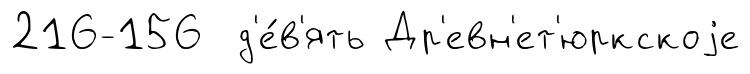
216-156 д'е́в'ять Др'евн'ет'юркскоjе